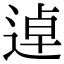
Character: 逴